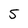
Character: 5